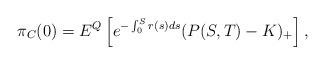
LaTeX: \begin{align*}\pi_C(0)=E^Q\left[e^{-\int_0^Sr(s)ds}(P(S,T) - K)_+\right],\end{align*}